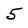
Character: 5